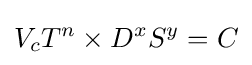
V_{c}T^{n}\times D^{x}S^{y}=C